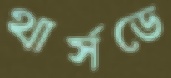
থার্সডে